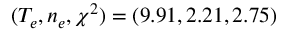
( T _ { e } , n _ { e } , \chi ^ { 2 } ) = ( 9 . 9 1 , 2 . 2 1 , 2 . 7 5 )